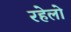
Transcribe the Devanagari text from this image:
रहेलो